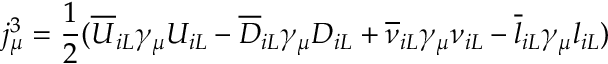
j _ { \mu } ^ { 3 } = { \frac { 1 } { 2 } } ( { \overline { { U } } } _ { i L } \gamma _ { \mu } U _ { i L } - { \overline { { D } } } _ { i L } \gamma _ { \mu } D _ { i L } + { \overline { { \nu } } } _ { i L } \gamma _ { \mu } \nu _ { i L } - { \overline { { l } } } _ { i L } \gamma _ { \mu } l _ { i L } )